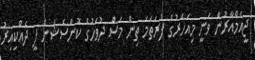
ޖީއެމްއާރުން ވަނީ މިއަހަރުގެ ފުރަތަމަ ތިން މަސް ދުވަހުގެ ކޮންސެޝަން ފީ ދެއްކިއިރު